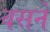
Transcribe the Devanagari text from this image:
वसने